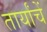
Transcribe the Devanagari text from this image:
तार्यांचें